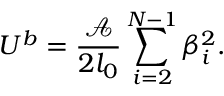
U ^ { b } = \frac { \mathcal { A } } { 2 l _ { 0 } } \sum _ { i = 2 } ^ { N - 1 } \beta _ { i } ^ { 2 } .